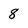
Character: 8